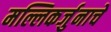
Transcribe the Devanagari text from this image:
मल्लिकर्जुनाचे